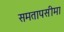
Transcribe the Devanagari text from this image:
समतापसीमा